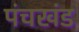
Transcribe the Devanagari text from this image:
पंचखंड